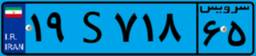
۱۹S۷۱۸۶۵